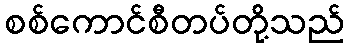
စစ်ကောင်စီတပ်တို့သည်